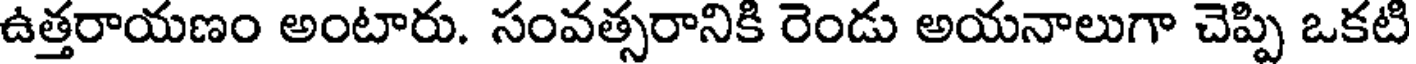
ఉత్తరాయణం అంటారు. సంవత్సరానికి రెండు అయనాలుగా చెప్పి ఒకటి